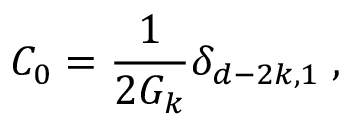
C _ { 0 } = \frac { 1 } { 2 G _ { k } } \delta _ { d - 2 k , 1 } \; ,